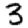
Digit: 3